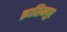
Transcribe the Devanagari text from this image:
क़ासिमपुर